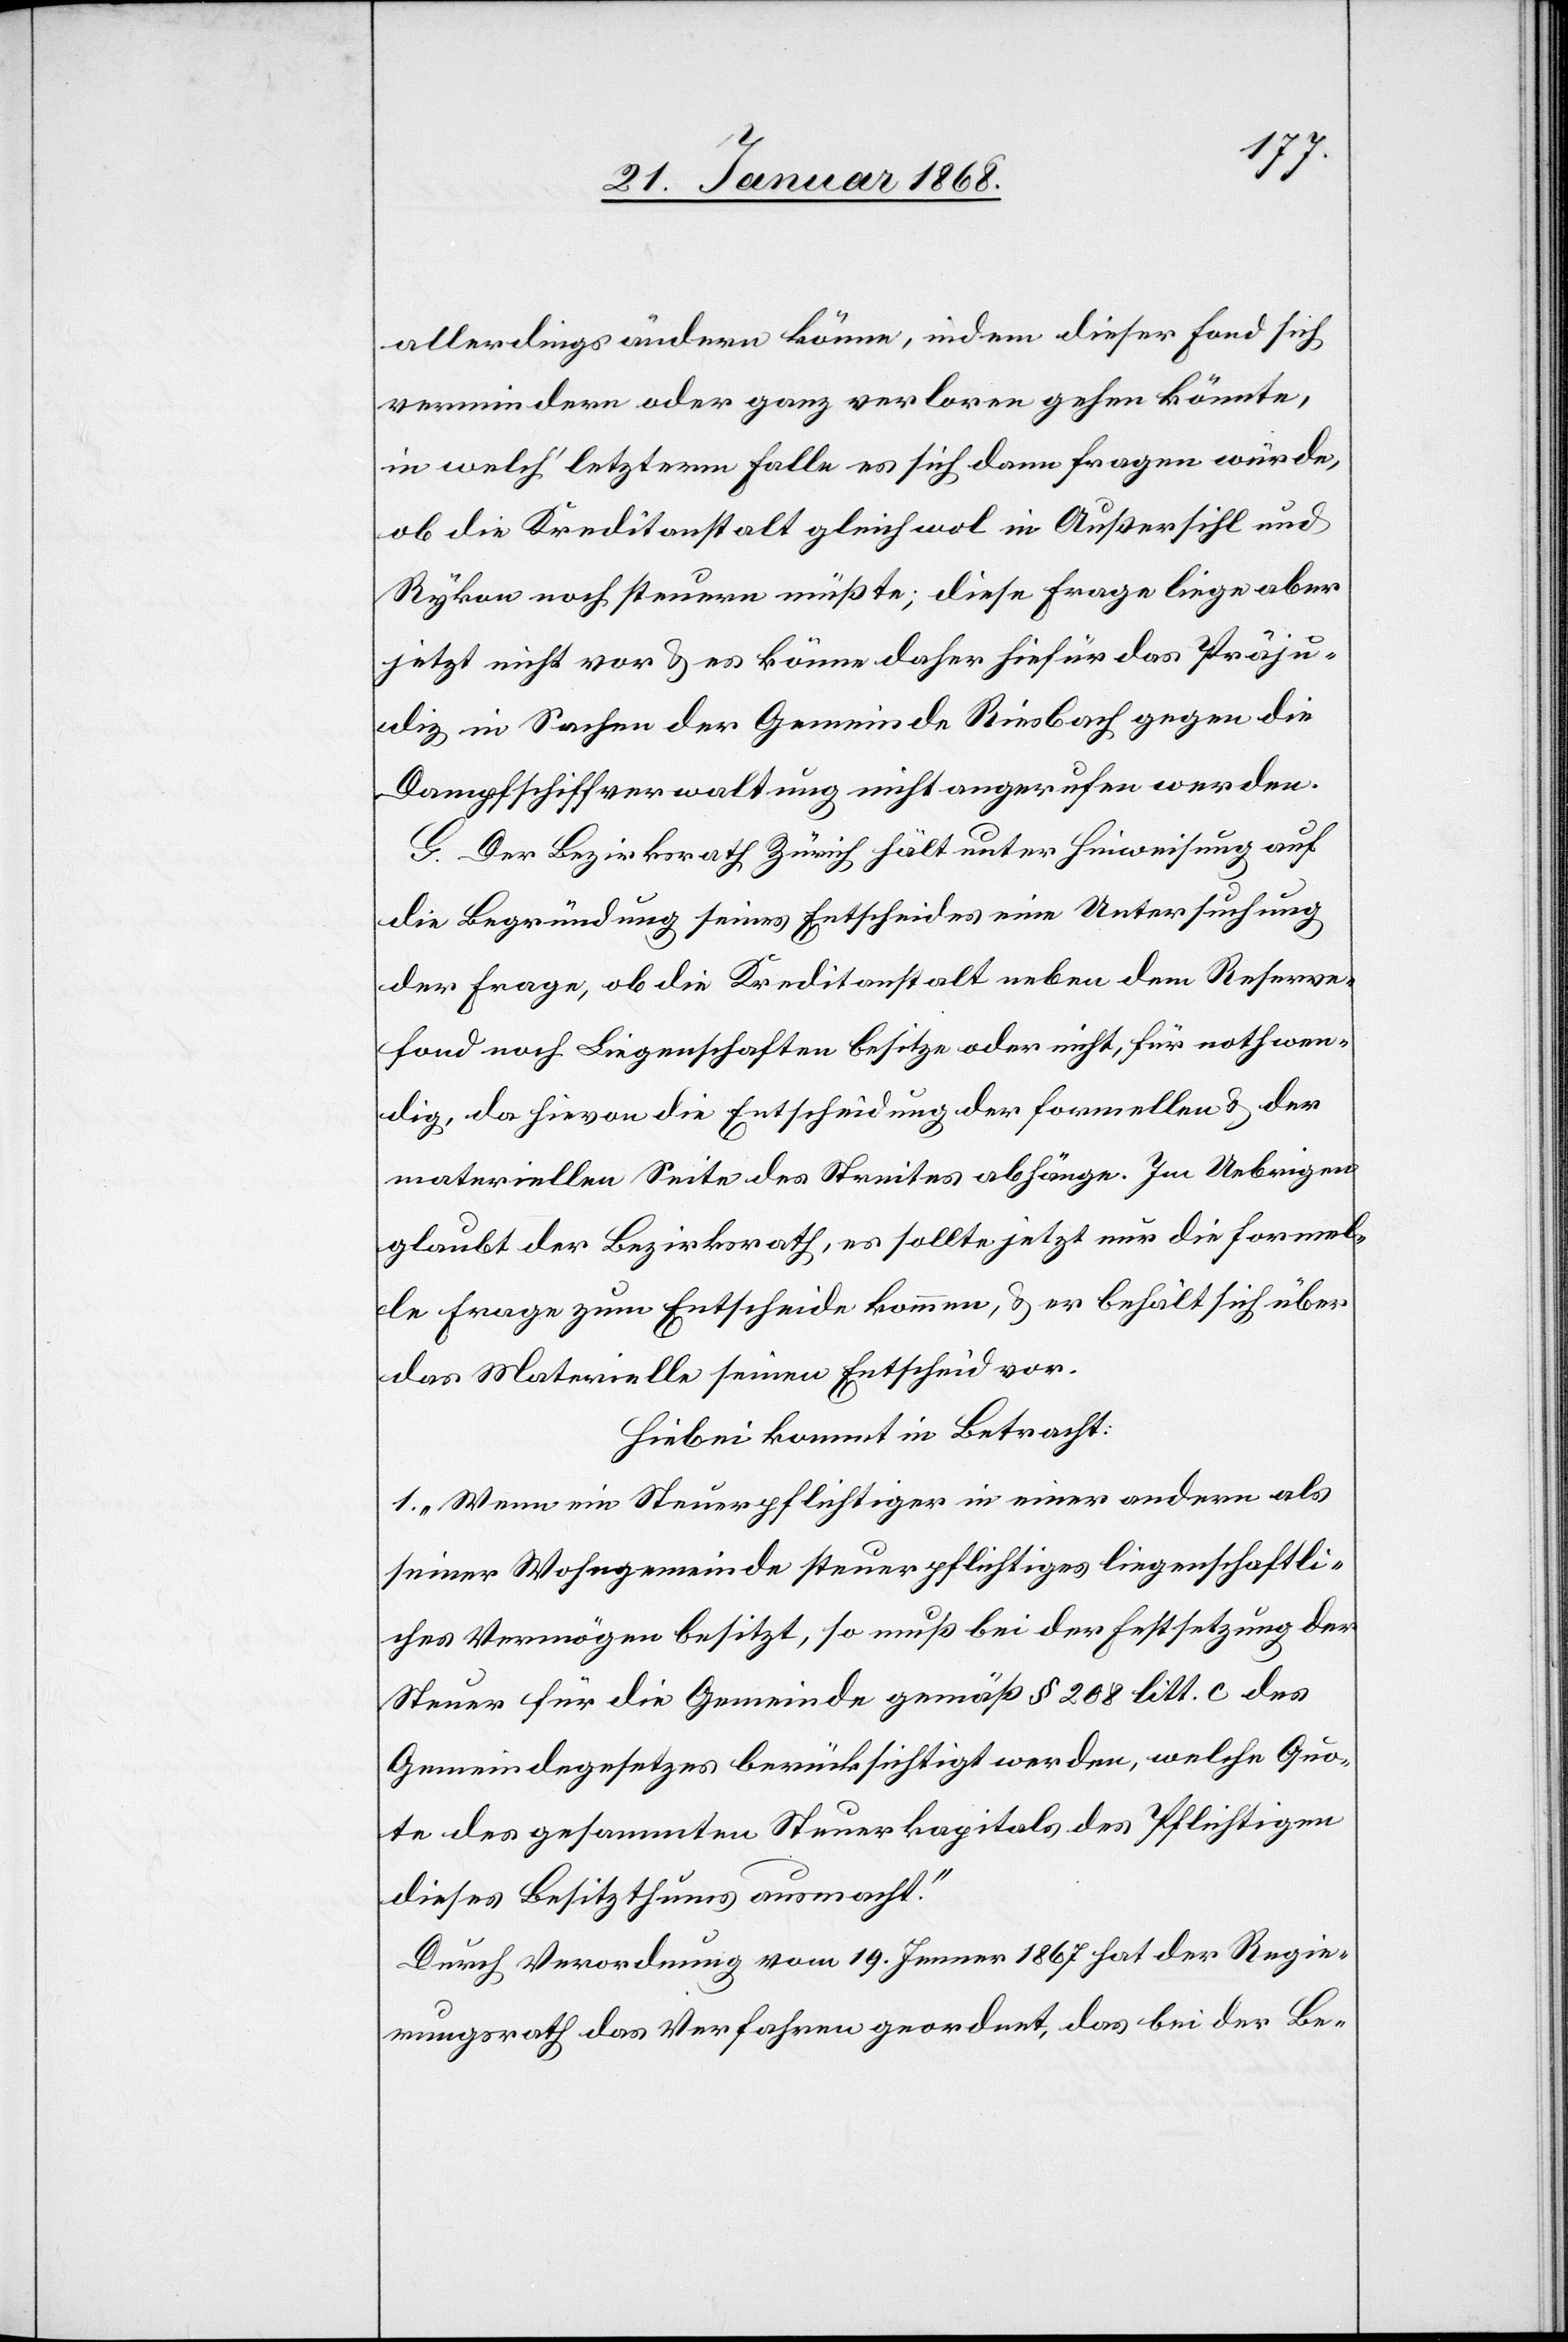
allerdings ändern könne, indem dieser Fond sich
vermindern oder ganz verloren gehen könnte,
in welch‘ letzterm Falle es sich dann fragen würde,
ob die Kreditanstalt gleichwol in Außersihl und
Rykon noch steuern müßte; diese Frage liege aber
jetzt nicht vor & es könne daher hiefür das Präju¬
diz in Sachen der Gemeinde Riesbach gegen die
Dampfschiffverwaltung nicht angerufen werden.
G. Der Bezirksrath Zürich hält unter Hinweisung auf
die Begründung seines Entscheides eine Untersuchung
der Frage, ob die Kreditanstalt neben dem Reserve¬
fond noch Liegenschaften besitze oder nicht, für nothwen¬
dig, da hievon die Entscheidung der formellen & der
materiellen Seite des Streites abhänge. Im Uebrigen
glaubt der Bezirksrath, es sollte jetzt nur die formel¬
le Frage zum Entscheide kommen, & er behält sich über
das Materielle seinen Entscheid vor.
Hiebei kommt in Betracht:
1. „Wenn ein Steuerpflichtiger in einer andern als
seiner Wohngemeinde steuerpflichtiges liegenschaftli¬
ches Vermögen besitzt, so muß bei der Festsetzung der
Steuer für die Gemeinde gemäß § 208 litt. c des
Gemeindegesetzes berücksichtigt werden, welche Quo¬
te des gesammten Steuerkapitals des Pflichtigen
dieses Besitzthums ausmacht.“
Durch Verordnung vom 19. Jenner 1867 hat der Regie¬
rungsrath das Verfahren geordnet, das bei der Be-